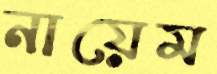
নায়েম